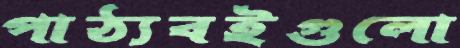
পাঠ্যবইগুলো